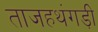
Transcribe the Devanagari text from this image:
ताजहथंगड़ी